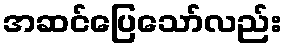
အဆင်ပြေသော်လည်း